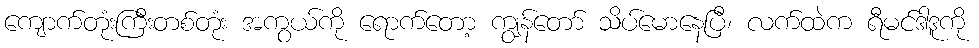
ကျောက်တုံးကြီးတစ်တုံး အကွယ်ကို ရောက်တော့ ကျွန်တော် သိပ်မောနေပြီ၊ လက်ထဲက ရီမင်ဒါဒူကို